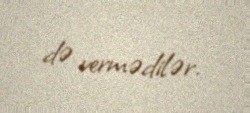
də vermədilər.